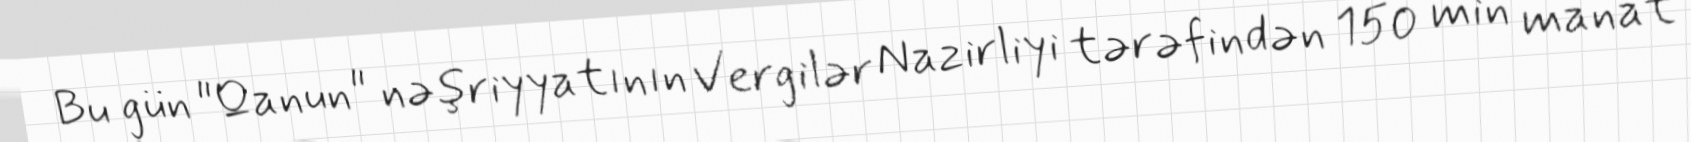
Bu gün "Qanun" nəşriyyatının Vergilər Nazirliyi tərəfindən 150 min manat